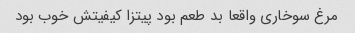
مرغ سوخاری واقعا بد طعم بود پیتزا کیفیتش خوب بود